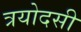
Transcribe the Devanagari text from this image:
त्रयोदसी